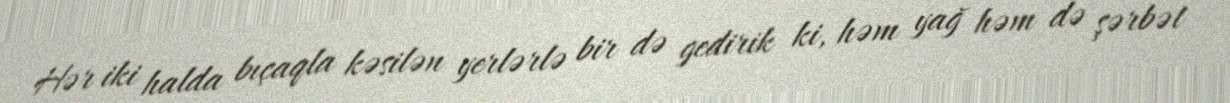
Hər iki halda bıçaqla kəsilən yerlərlə bir də gedirik ki, həm yağ həm də şərbət